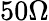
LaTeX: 50\Omega